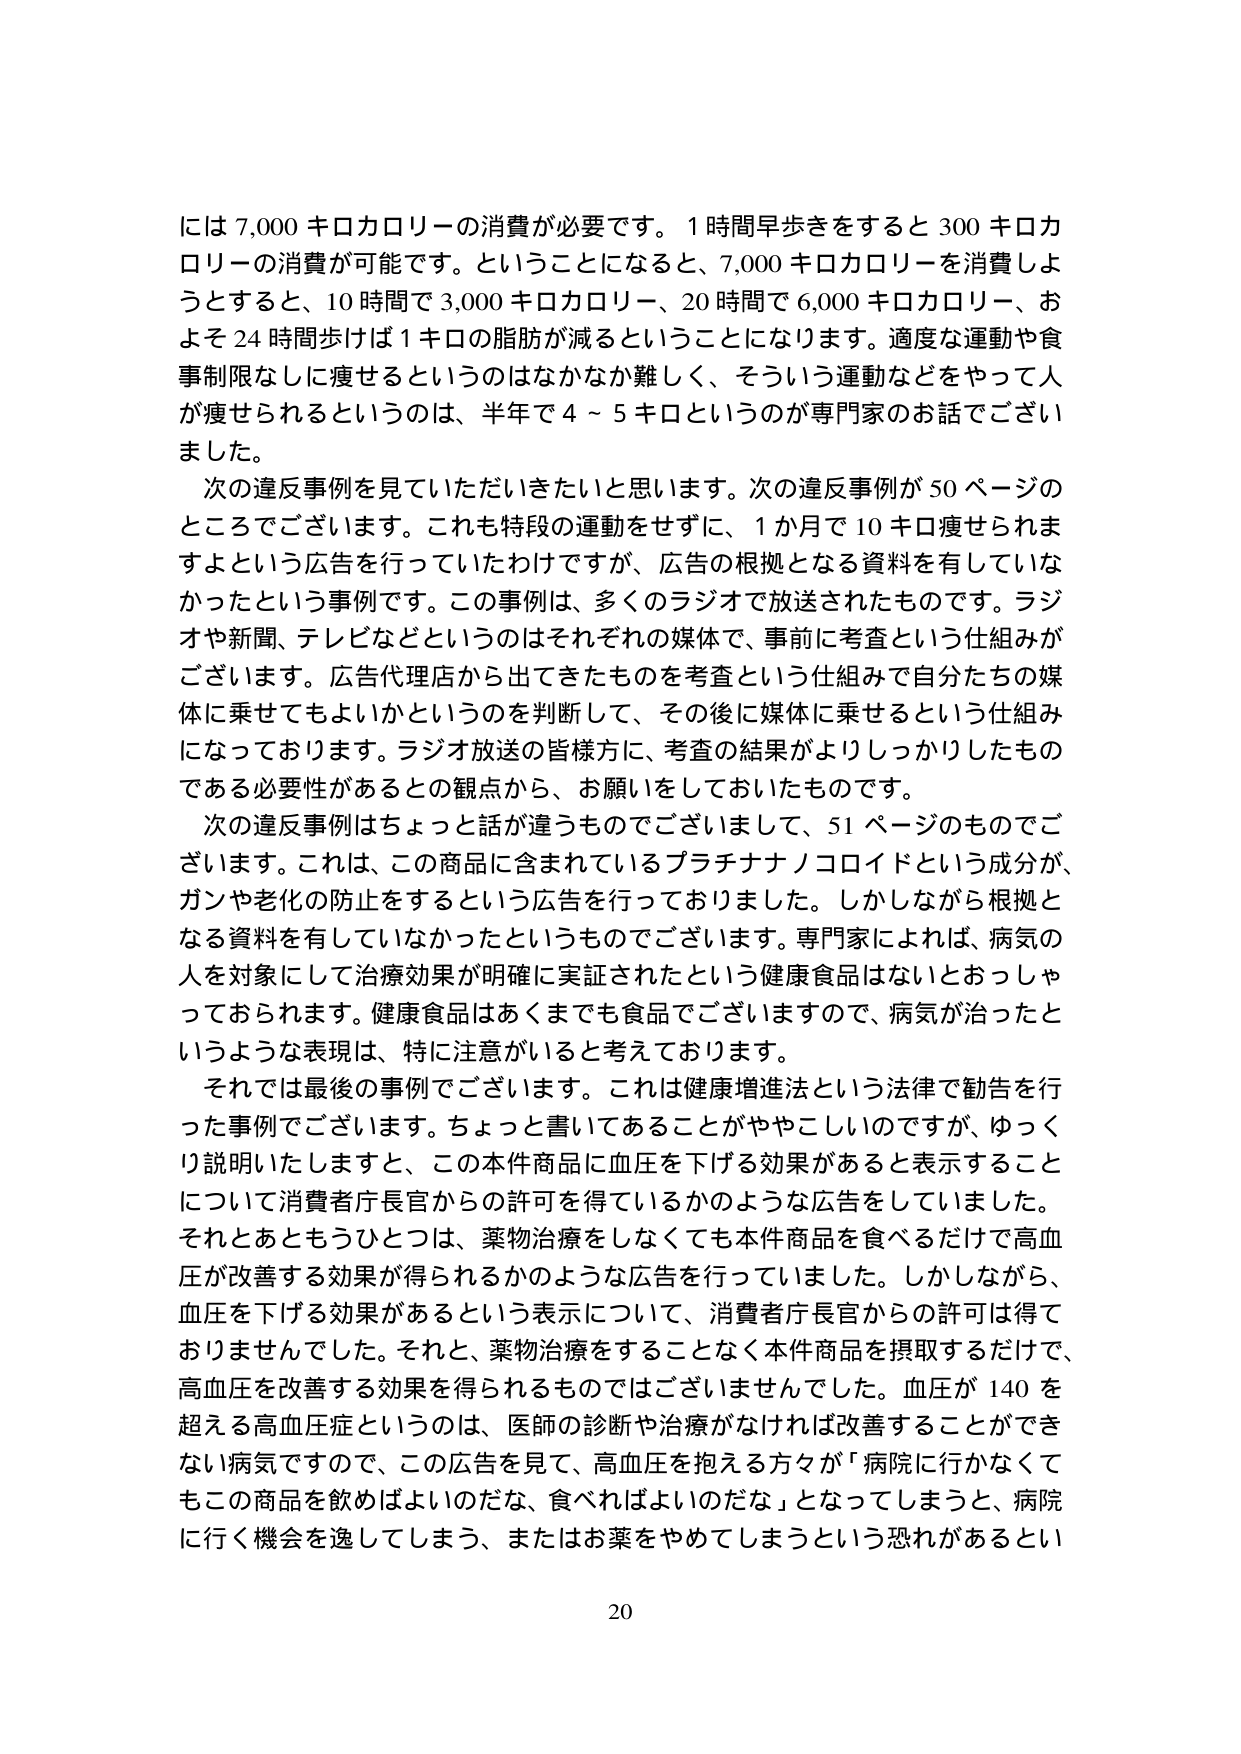
には 7,000 キロカロリーの消費が必要です。1 時間早歩きをすると 300 キロカロリーの消費が可能です。ということになると、7,000 キロカロリーを消費しようとすると、10 時間で 3,000 キロカロリー、20 時間で 6,000 キロカロリー、およそ 24 時間歩けば 1 キロの脂肪が減るということになります。適度な運動や食事制限なしに痩せるというのはなかなか難しく、そういう運動などをやって人が痩せられるというのは、半年で 4～5 キロというのが専門家のお話でございました。

次の違反事例を見ていただきたいと思います。次の違反事例が 50 ページのところでございます。これも特段の運動をせずに、1 か月で 10 キロ痩せられますよという広告を行っていたわけですが、広告の根拠となる資料を有していなかったという事例です。この事例は、多くのラジオで放送されたものです。ラジオや新聞、テレビなどというのはそれぞれの媒体で、事前に考査という仕組みがございます。広告代理店から出てきたものを考査という仕組みで自分たちの媒体に乗せててもよいかというのを判断して、その後に媒体に乗せるという仕組みになっております。ラジオ放送の皆様方に、考査の結果がよりしっかりしたものである必要性があるとの観点から、お願いをしておいたものです。

次の違反事例はちょっと話が違うものでございまして、51 ページのものでございます。これは、この商品に含まれているプラチナナノコロイドという成分が、ガンや老化の防止をするという広告を行っておりました。しかしながら根拠となる資料を有していなかったというものです。専門家によれば、病気の人を対象にして治療効果が明確に実証されたという健康食品はないとおっしゃっておられます。健康食品はあくまでも食品でございますので、病気が治ったというような表現は、特に注意がいると考えております。

それでは最後の事例でございます。これは健康増進法という法律で勧告を行った事例でございます。ちょっと書いてあることがややこしいのですが、ゆっくり説明いたしますと、この本件商品に血圧を下げる効果があると表示することについて消費者庁長官からの許可を得ているかのような広告をしていました。それとあともうひとつは、薬物治療をしなくても本件商品を食べるだけで高血圧が改善する効果が得られるかのような広告を行っていました。しかしながら、血圧を下げる効果があるという表示について、消費者庁長官からの許可は得ておりませんでした。それと、薬物治療をすることなく本件商品を摂取するだけで、高血圧を改善する効果を得られるものではございませんでした。血圧が 140 を超える高血圧症というのは、医師の診断や治療がなければ改善することができない病気ですので、この広告を見て、高血圧を抱える方々が「病院に行かなくてもこの商品を飲めばよいのだな、食べればよいのだな」となってしまうと、病院に行く機会を逸してしまう、またはお薬をやめてしまうという恐れがあるとい

20